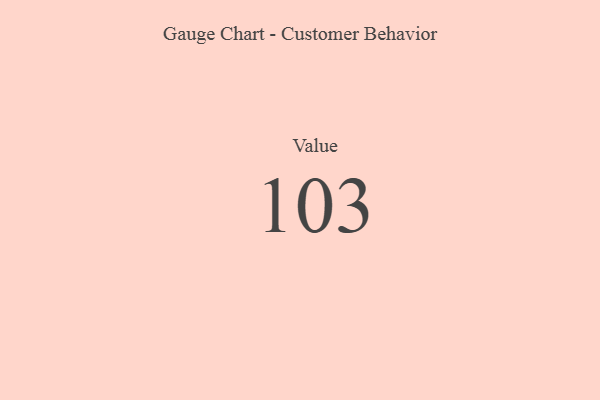
{"axis": {"x": "Metric", "y": "Value"}, "legend": [""], "data": [{"x": "Value", "y": 103, "type": ""}]}